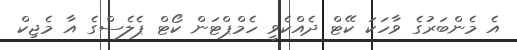
އެ މެންބަރުގެ ވާހަކަ ކޭޓް ދެއްކެވީ ހެމްޕްޓަން ކޯޓް ޕެލެސްގެ އާ މެޖިކް